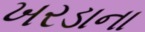
ખરડાના